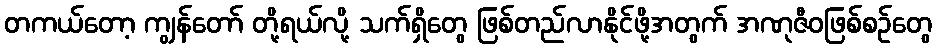
တကယ်တော့ ကျွန်တော် တို့ရယ်လို့ သက်ရှိတွေ ဖြစ်တည်လာနိုင်ဖို့အတွက် အဏုဇီဝဖြစ်စဉ်တွေ